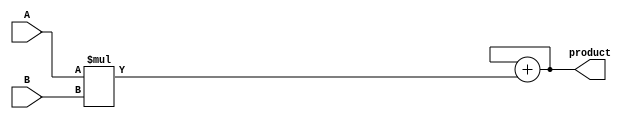
module carry_save_multiplier (
  input [7:0] A, // 8-bit input A
  input [7:0] B, // 8-bit input B
  output reg [15:0] product // 16-bit output product
);

reg [15:0] partial_products; // 16-bit register to store partial products
reg [15:0] accumulator; // 16-bit register to accumulate results

always @(A or B) begin
  // Generate partial products
  partial_products = A * B;

  // Accumulate partial products to produce final product
  accumulator = accumulator + partial_products;
end

assign product = accumulator;

endmodule